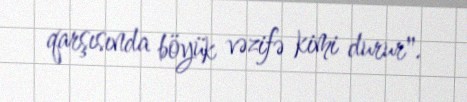
qarşısında böyük vəzifə kimi durur".